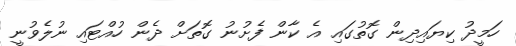
ހަމީދު ކިޔައިދިން ގޮތުގައި އެ ކާން ފެށުނު ގޮތަށް ދެން ހުއްޓައި ނުލެވުނީ